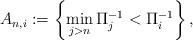
LaTeX: \begin{align*}A_{n,i}:= \left\{ \min_{j > n} \Pi^{-1}_j < \Pi^{-1}_i \right\},\end{align*}